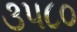
૩૫૮૦